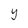
Character: y